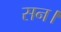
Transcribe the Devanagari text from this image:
सन।